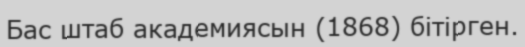
Бас штаб академиясын (1868) бітірген.